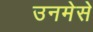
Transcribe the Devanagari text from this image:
उनमेसे